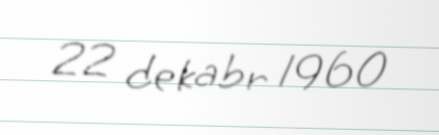
22 dekabr 1960